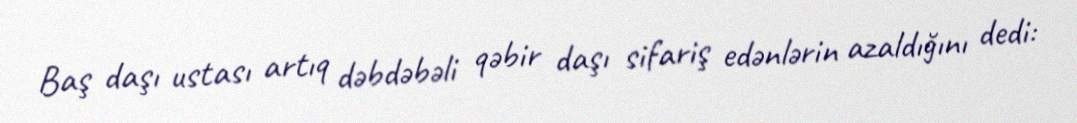
Baş daşı ustası artıq dəbdəbəli qəbir daşı sifariş edənlərin azaldığını dedi: